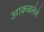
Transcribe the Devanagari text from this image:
आकळलेले